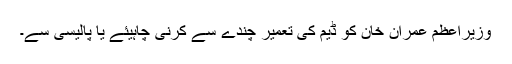
وزیراعظم عمران خان کو ڈیم کی تعمیر چندے سے کرنی چاہیئے یا پالیسی سے۔